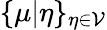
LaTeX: \{ \mu|\eta\} _{\eta\in\mathcal{V}}